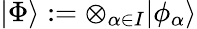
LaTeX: \vert\Phi\rangle:=\otimes_{\alpha\in I}\vert\phi_{\alpha}\rangle